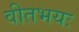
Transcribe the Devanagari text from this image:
वीतभयः